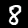
Label: 8